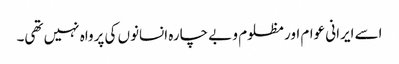
اسے ایرانی عوام اور مظلوم و بے چارہ انسانوں کی پرواہ نہیں تھی۔